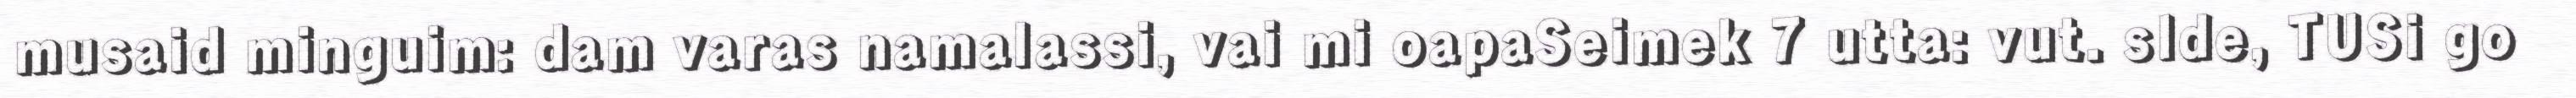
musaid minguim: dam varas namalassi, vai mi oapaSeimek 7 utta: vut. slde, TUSi go